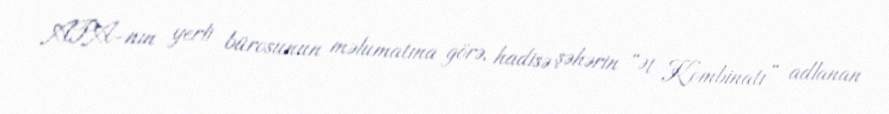
APA-nın yerli bürosunun məlumatına görə, hadisə şəhərin “Ət Kombinatı” adlanan